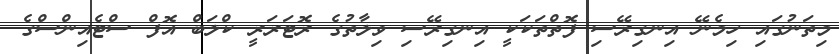
މިތަނުގައި ހިމެނޭ އިނގިރޭސި ފޮތްތަކަކީ އިނގިރޭސި ވިލާތުގެ ރޮޓަރަރީ ކްލަބް އޮފް ސްޓެއިންސްގެ